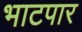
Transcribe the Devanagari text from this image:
भाटपार